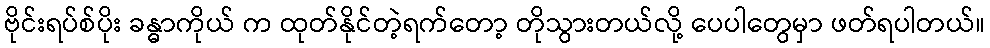
ဗိုင်းရပ်စ်ပိုး ခန္ဓာကိုယ် က ထုတ်နိုင်တဲ့ရက်တော့ တိုသွားတယ်လို့ ပေပါတွေမှာ ဖတ်ရပါတယ်။